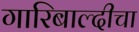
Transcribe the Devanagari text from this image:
गारिबाल्दीचा